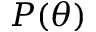
P ( \theta )